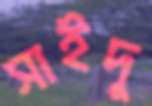
সাইদু